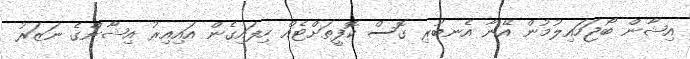
އިޝާން ބޯޖަހައިލުމުން އޭނާ އެނބުރި ގޮސް ކޮފީތަށްޓެއް ހިފައިގެން އައިއިރު އިޝާންގެ ނަޒަރު